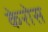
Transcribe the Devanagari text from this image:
केरोस